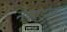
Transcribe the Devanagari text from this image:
नेव्हाडाने